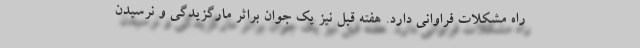
راه مشکلات فراوانی دارد. هفته قبل نیز یک جوان براثر مارگزیدگی و نرسیدن